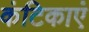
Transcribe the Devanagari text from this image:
कंटिकाएं